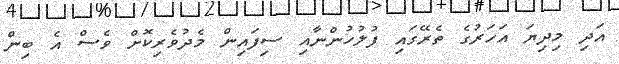
އަދި މިދިޔަ އަހަރުގެ ތެރޭގައި ފުލުހުންނާއި ސިފައިން މެދުވެރިކޮށް ވެސް އެ ބިން